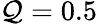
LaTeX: \mathcal{Q}=0.5